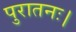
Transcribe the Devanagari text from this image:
पुरातनः।